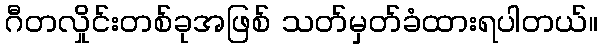
ဂီတလှိုင်းတစ်ခုအဖြစ် သတ်မှတ်ခံထားရပါတယ်။